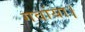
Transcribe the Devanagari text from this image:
गवांया।